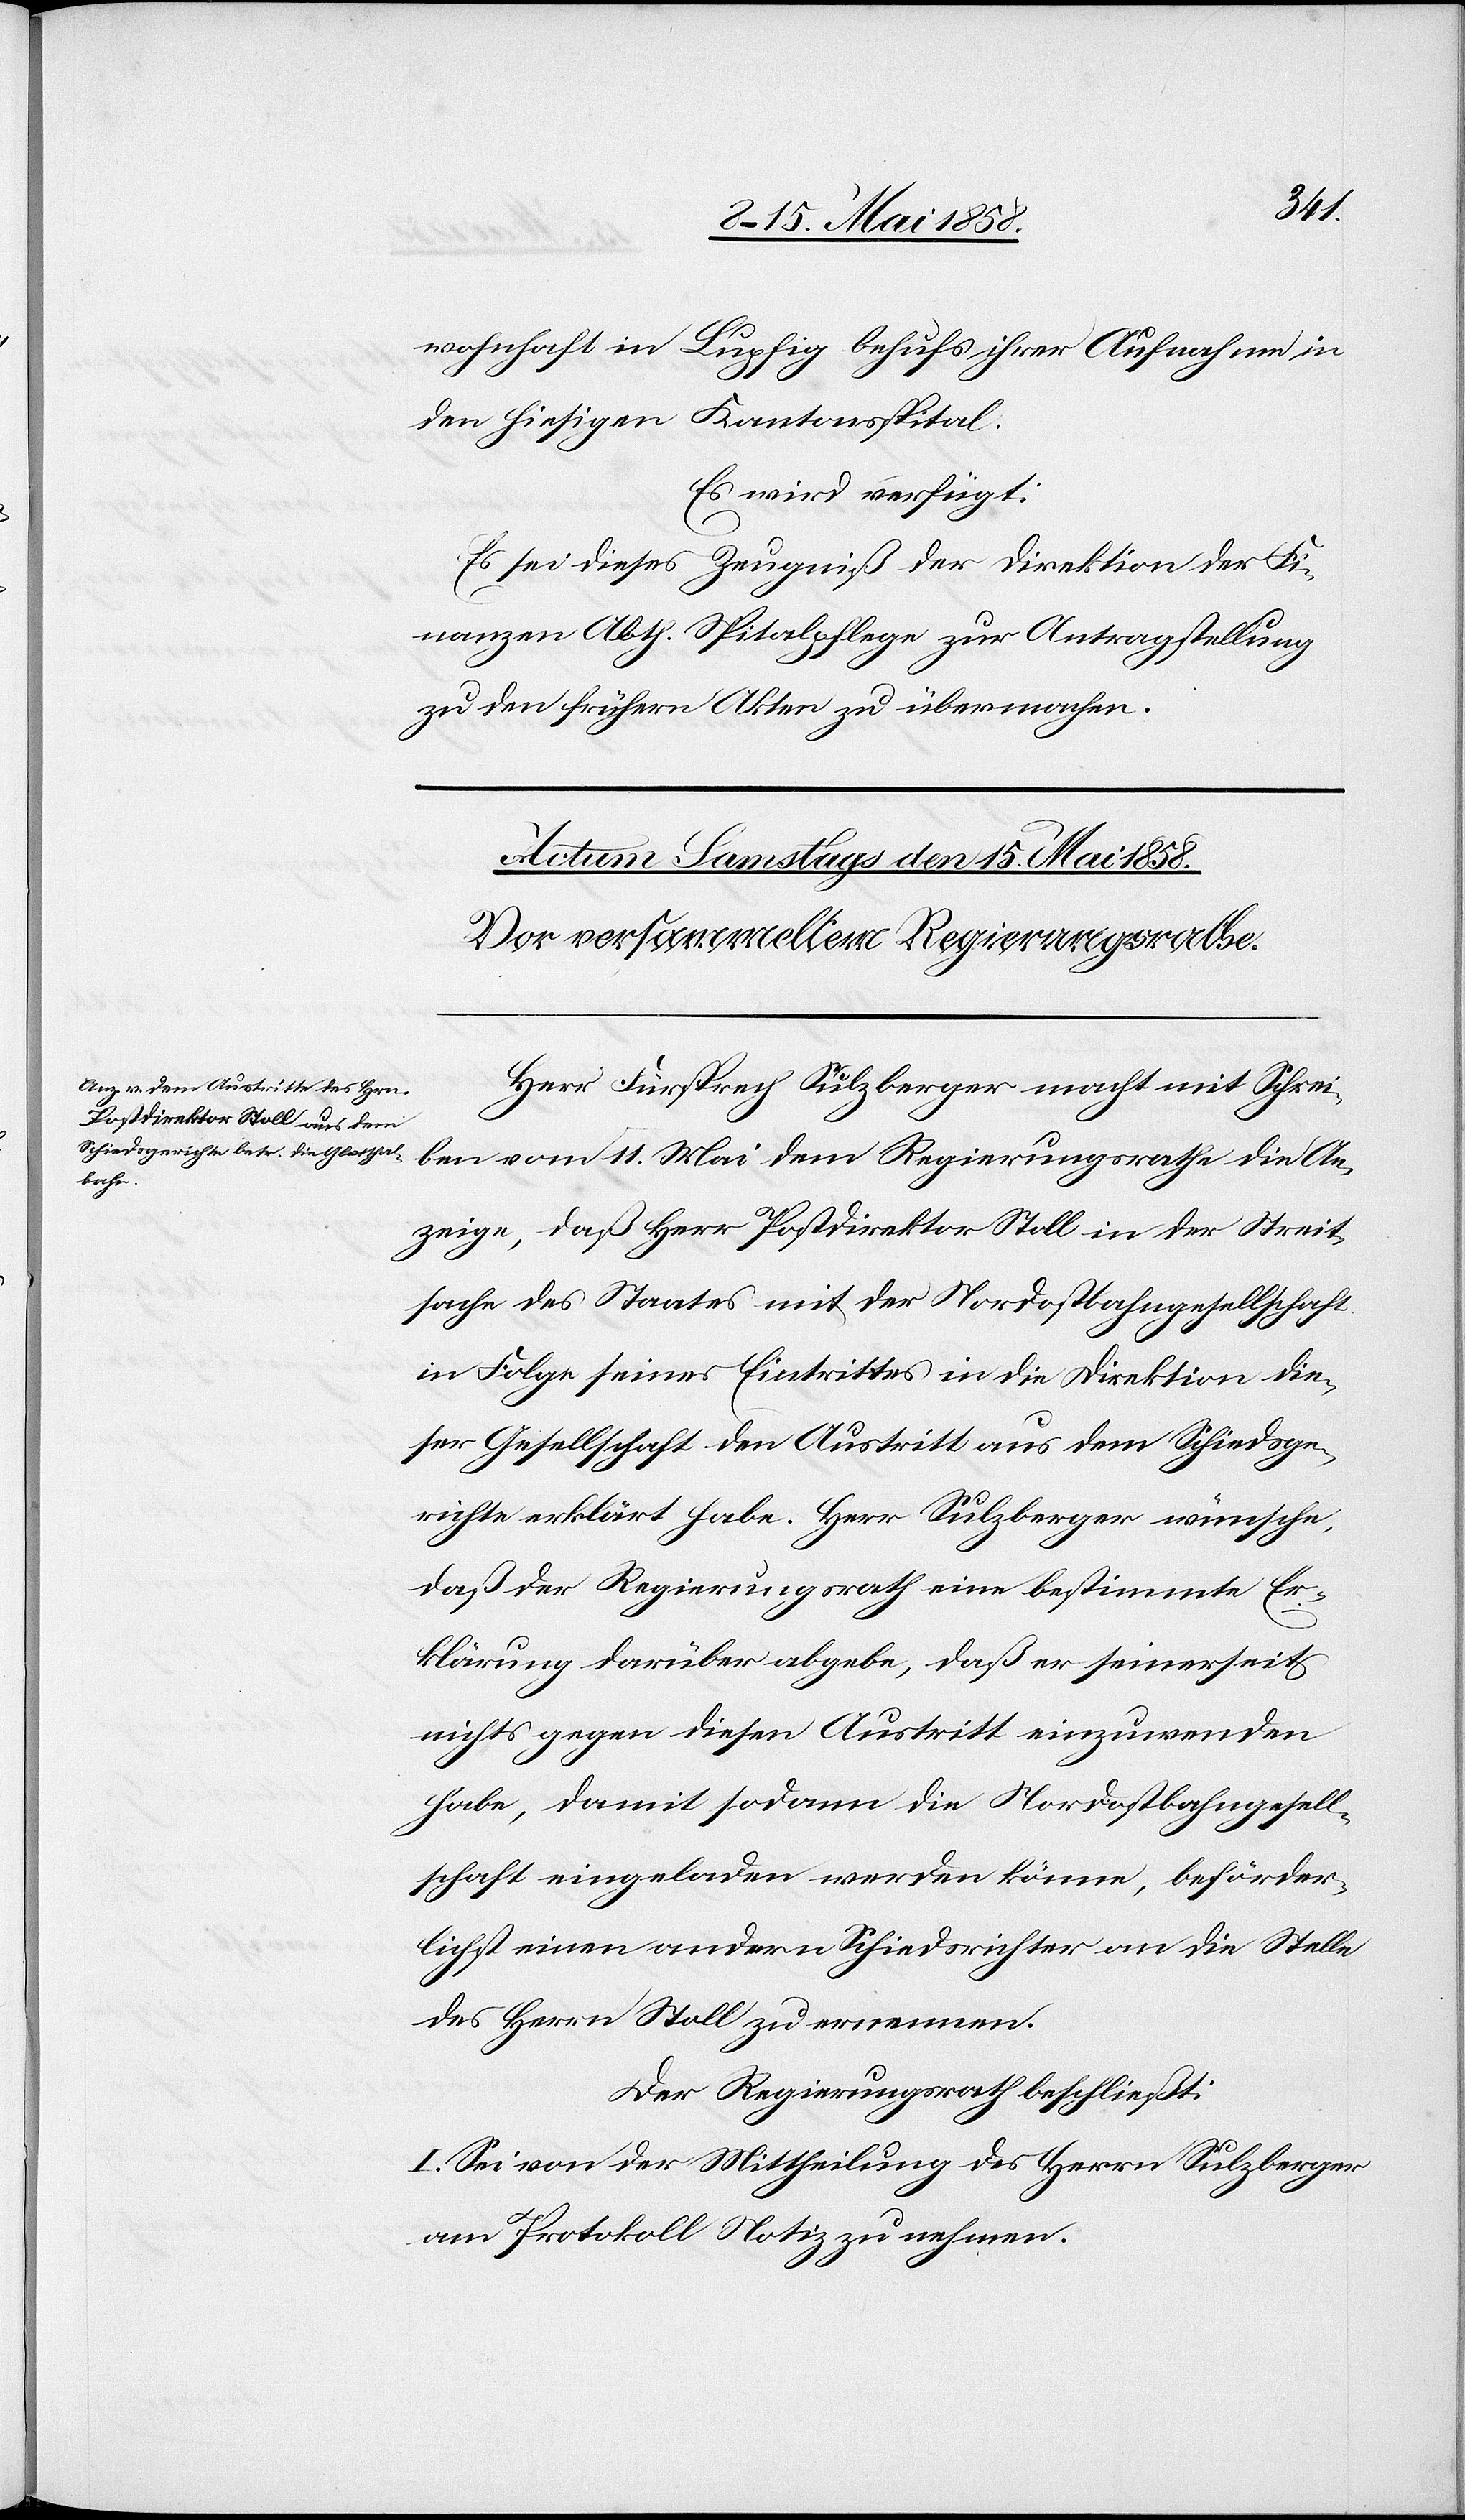
wohnhaft in Lupfig behufs ihrer Aufnahme in
den hiesigen Kantonsspital.
Es wird verfügt:
Es sei dieses Zeugniß der Direktion der Fi¬
nanzen Abth. Spitalpflege zur Antragstellung
zu den frühern Akten zu übermachen.
Herr Fürsprech Sulzberger macht mit Schrei¬
ben vom 11. Mai dem Regierungsrathe die An¬
zeige, daß Herr Postdirektor Stoll in der Streit¬
sache des Staates mit der Nordostbahngesellschaft
in Folge seines Eintrittes in die Direktion die¬
ser Gesellschaft den Austritt aus dem Schiedsge¬
richte erklärt habe. Herr Sulzberger wünsche,
daß der Regierungsrath eine bestimmte Er¬
klärung darüber abgebe, daß er seinerseits
nichts gegen diesen Austritt einzuwenden
habe, damit sodann die Nordostbahngesell¬
schaft eingeladen werden könne, beförder¬
lichst einen andern Schiedsrichter an die Stelle
des Herrn Stoll zu ernennen.
Der Regierungsrath beschließt:
I. Sei von der Mittheilung des Herrn Sulzberger
am Protokoll Notiz zu nehmen.